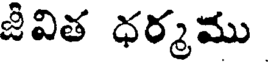
జీవిత ధర్మము